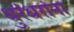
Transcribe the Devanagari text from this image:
धुरंधरांना